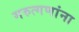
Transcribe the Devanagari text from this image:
मरुत्गणांना